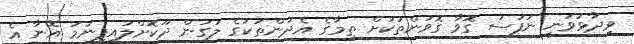
ވިދާޅުވަނީ ނަފުސު ގޮވާ ގޮވުންތަކަށް ތިމާގެ އެދުންތަކުގެ ލަގަން ދޫކޮށްލައިފިނަމަ އޭނާ އެ